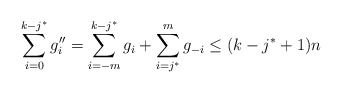
\begin{align*}\sum_{i=0}^{k-j^*}g''_i=\sum_{i=-m}^{k-j^*}g_i+\sum_{i=j^*}^mg_{-i}\le (k-j^*+1)n\end{align*}